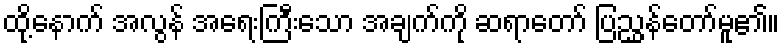
ထို့နောက် အလွန် အရေးကြီးသော အချက်ကို ဆရာတော် ပြညွှန်တော်မူ၏။